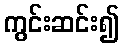
ကွင်းဆင်း၍